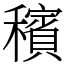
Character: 穦